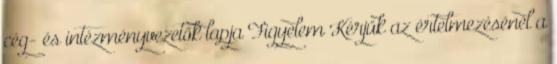
cég- és intézményvezetők lapja Figyelem Kérjük az értelmezésénél a